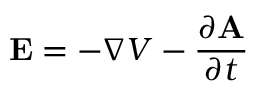
\mathbf { E } = - { \boldsymbol { \nabla } } V - { \frac { \partial \mathbf { A } } { \partial t } }